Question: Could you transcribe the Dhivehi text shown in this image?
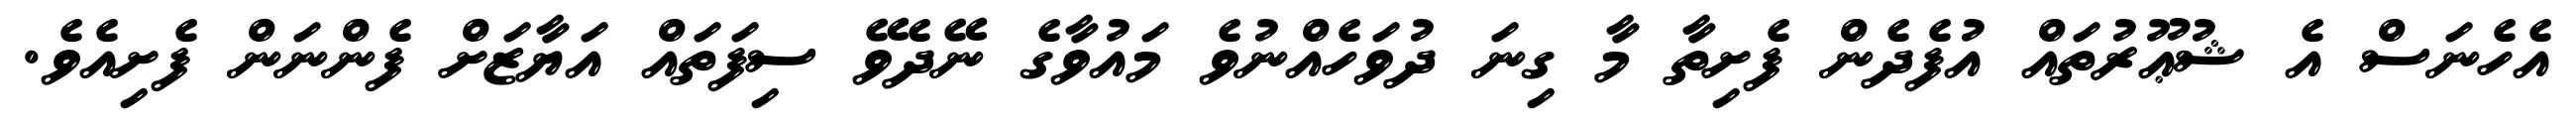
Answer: އެހެނަސް އެ ޝުޢޫރުތައް އުފެދެން ފެށިތާ މާ ގިނަ ދުވަހެއްނުވެ މައުވާގެ ނޭދެވޭ ސިފަތައް އަޔާޒަށް ފެންނަން ފެށިއެވެ.